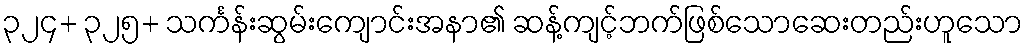
၃၂၄+ ၃၂၅+ သင်္ကန်းဆွမ်းကျောင်းအနာ၏ ဆန့်ကျင့်ဘက်ဖြစ်သောဆေးတည်းဟူသော